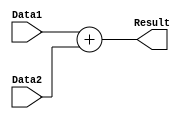
`timescale 1ns / 1ps
//////////////////////////////////////////////////////////////////////////////////
// Company: 
// 
// Design Name: 
// Module Name:     MIPS_ADDER
// Project Name: 

// Revision: 
// Revision 0.01 - File Created
// Additional Comments: 
//
module MIPS_ADDER(
	input   [31:0] Data1,
	input   [31:0] Data2,	
	output	reg [31:0] Result
);
//MIPS Adder Module used for Incrementing PC, and Calculating the branch address
	always @(Data1, Data2)
	begin
		Result = Data1 + Data2;
	end

endmodule